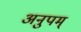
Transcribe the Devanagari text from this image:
अनुपम्